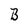
Character: B